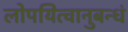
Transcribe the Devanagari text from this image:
लोपयित्वानुबन्धं